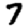
Digit: 7